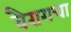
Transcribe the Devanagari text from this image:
वैरागचा